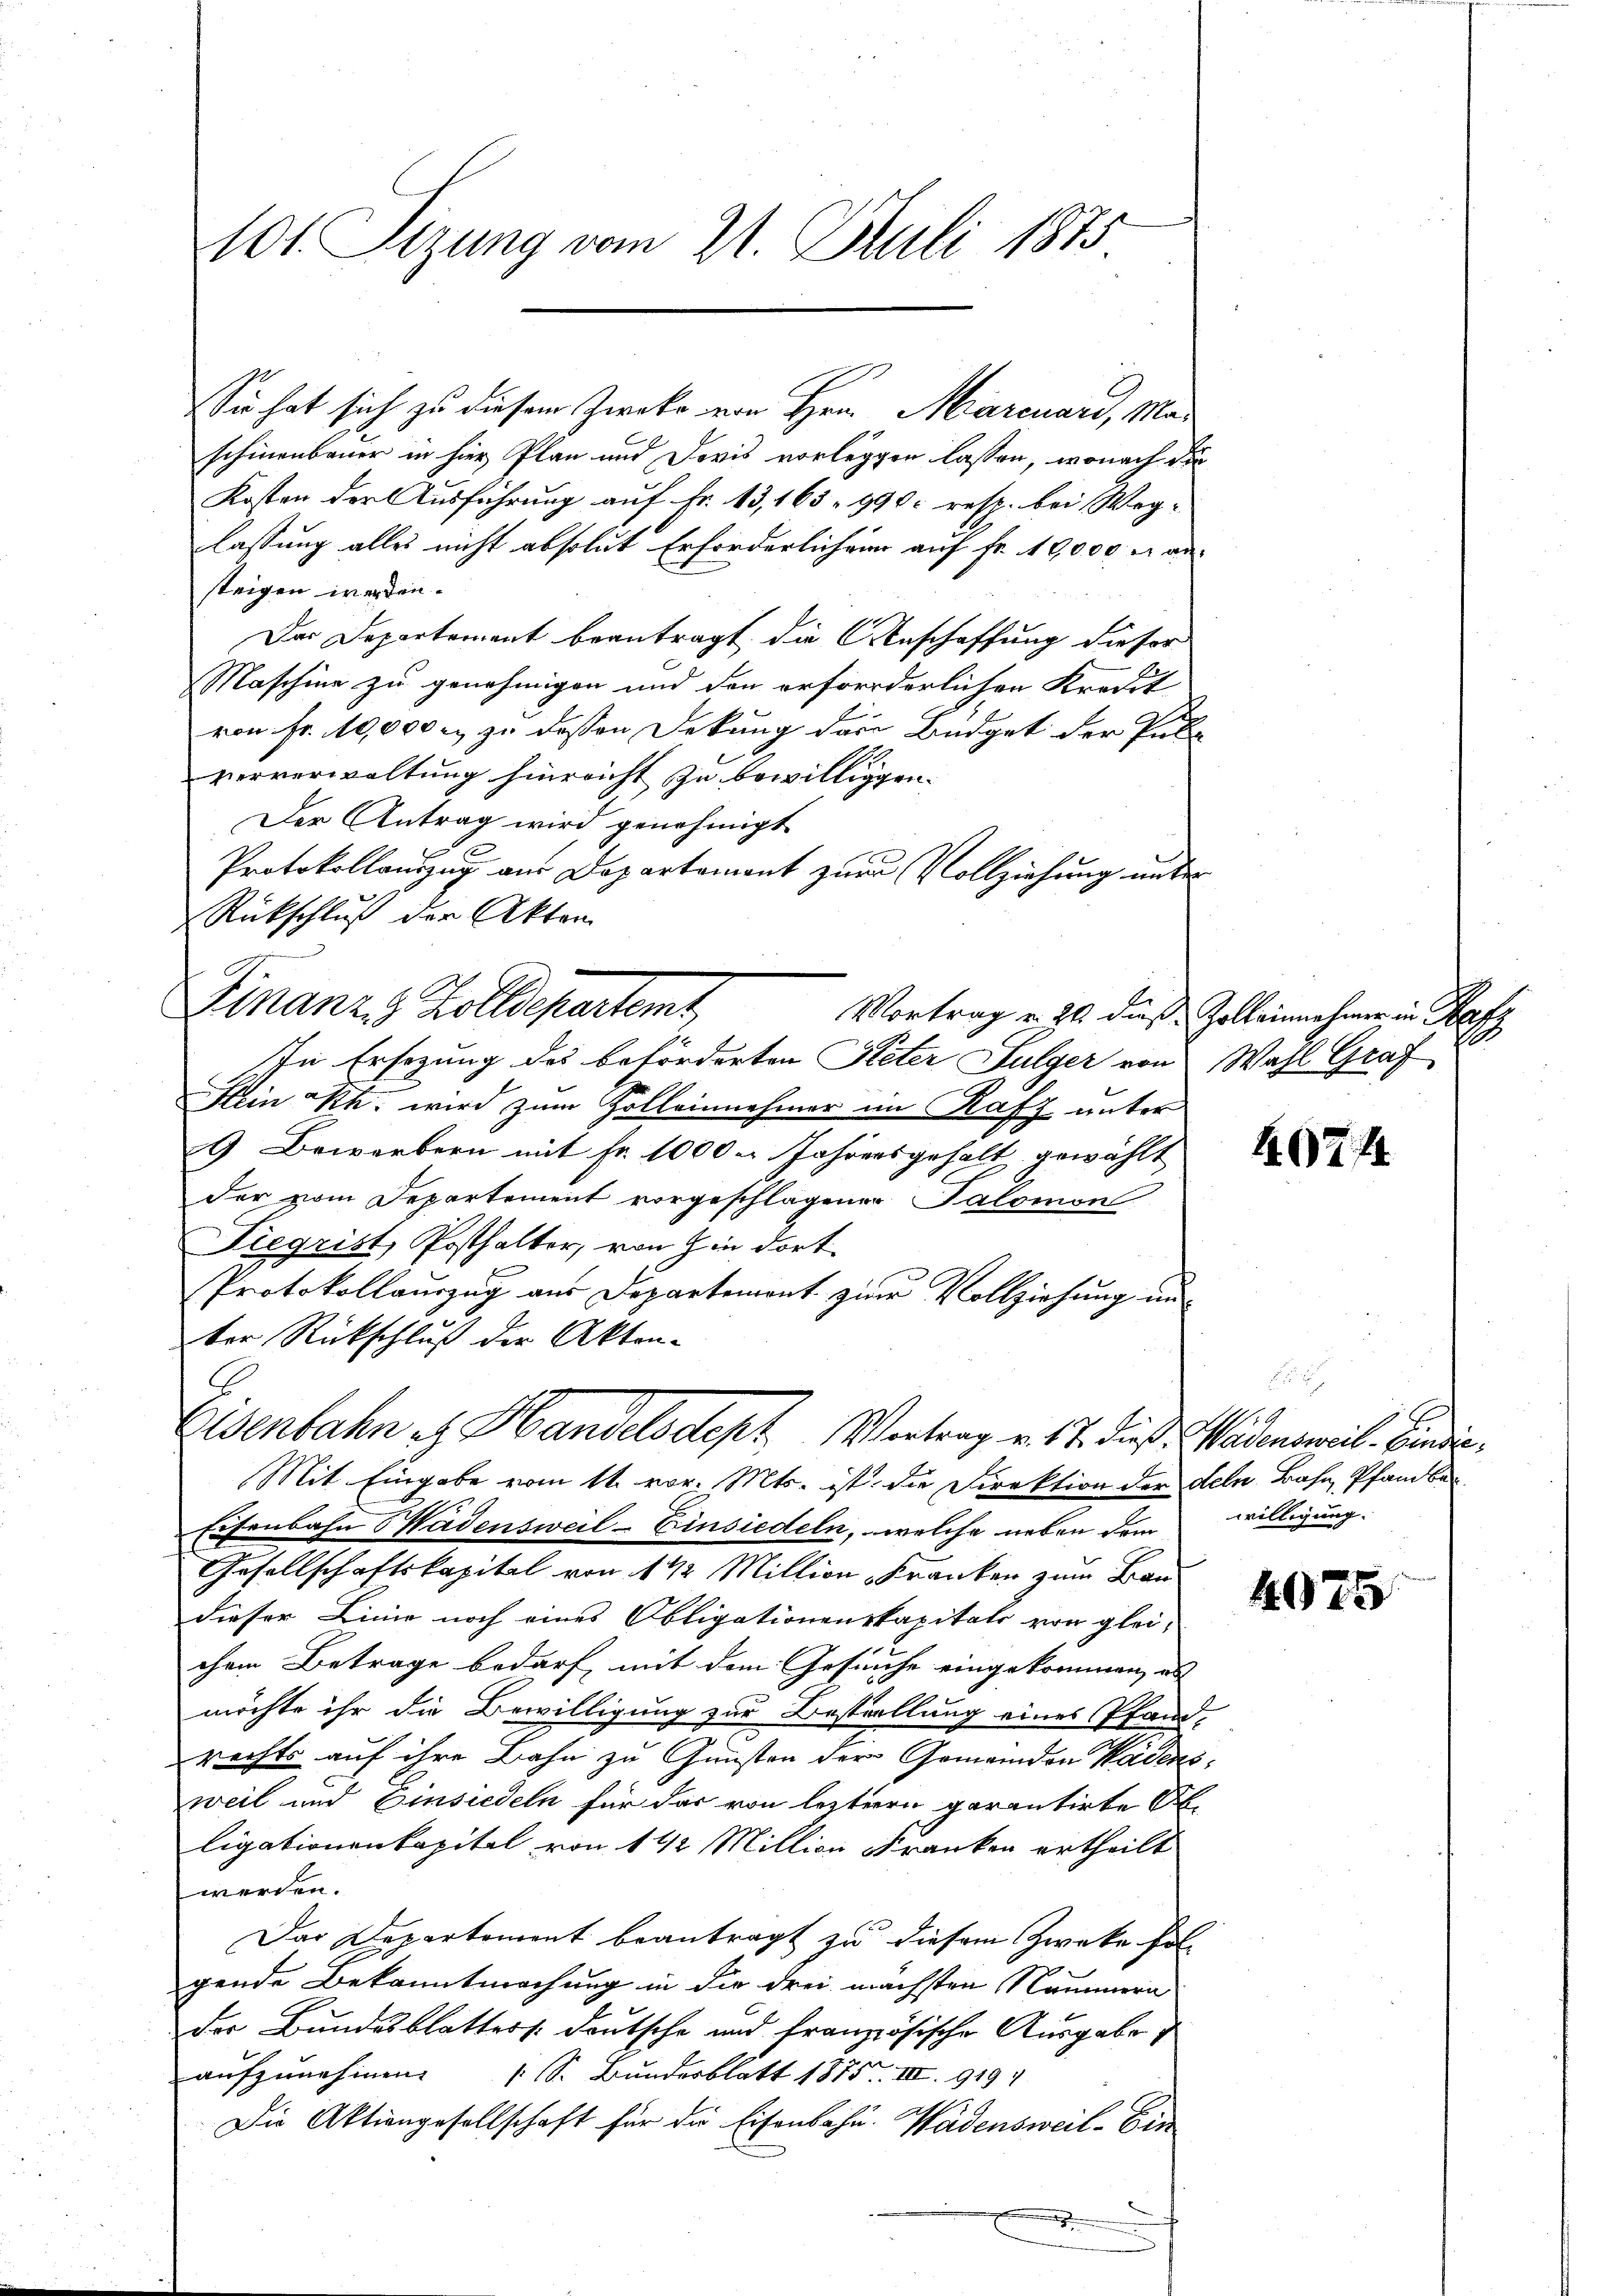
101 Sizung vom 21. Juli 1873

Sie hat sich zu diesem Zwecke von Hrn. Marcuard, Ma-
schinenbauer in hier Plan und Doris vorlegen lassen, wonach die
Kosten der Ausführung auf Fr. 13, 163. 990 resp. bei Weglassung alles nicht absolut Erforderlichen auf Fr. 10,000 M an
steigen werden.
Der Departement beantragt die Anschaffung dieser
Maschine zu genehmigen und den erforderlichen Kredit
von Fr. 10,000 u. zu dessen Dekung dere Büdget der Pub-
ververwaltung hinreicht zu bewilliggen.
Der Antrag wird genehmigt
Protokollauszug aus Departement zur Vollziehung unter
Rückschluß der Akten
In Ersezung des beförderten Peter Sulger von Wahl Graf
Hlein Rh. wird zum Zolleinnehmer im Rafz unter
9 Bewerbern mit Fr. 1000 - Jahrensgehalt gewählt
der vom Departement vorgeschlagener Salomon
Fiegrist, Posthalter, von hin dort
Protokollauszug aus Departemont zur Vollziehung un
ter Rückschluß der Akten-
Eisenbahn es Handelsdept Vertrag v. 17. dieß. Wädensweil. Vindie¬
Mit Eingabe vom 11. vor. Mts. ist, die Direktion der den Bahn, Pfandber
Eisenbahn Wädensweil–Einsiedeln, welche neben dem willigung.
Gesellschaftskapital von 1/2 Million Franken zum Bau
dieser Linie noch eines Obligationenskapitals von glei-
chem Betrage bedarf, mit dem Gesuche eingekommen, es
möchte ihr die Bewilligung zur Bestellung eines Pfand-
rechts auf ihre Bahn zu Gunsten der Gemeinden Wädens
weil und Einsiedeln für das von letzteren garantirte A
ligationenkapitel von 1 1/2 Million Franken ertheilt
werden.
Das Departement beantragt zu diesem Zweke fol-
gende Bekanntmachung in die drei nächsten Nummera
der Bundesblatters deutsche und französische Ausgabe
aufzunehmen (S. Bundesblatt 1875. III. 9194
Die Aktiengesellschaft für die Eisenbahn. Wadensweil-Ein
.

Finanze Zolldepartemt,

Vortrag u. 24 dies Zoll einnehmer in Rafz

4074

9

4975